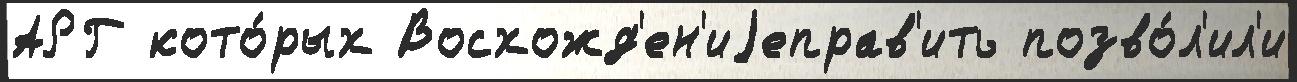
АРГ кото́рых Восхожд'ен'иjеправ'ить позво́л'ил'и